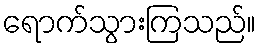
ရောက်သွားကြသည်။